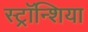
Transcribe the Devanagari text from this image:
स्ट्रॉन्शिया